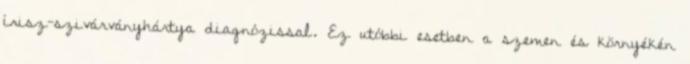
írisz-szivárványhártya diagnózissal. Ez utóbbi esetben a szemen és környékén